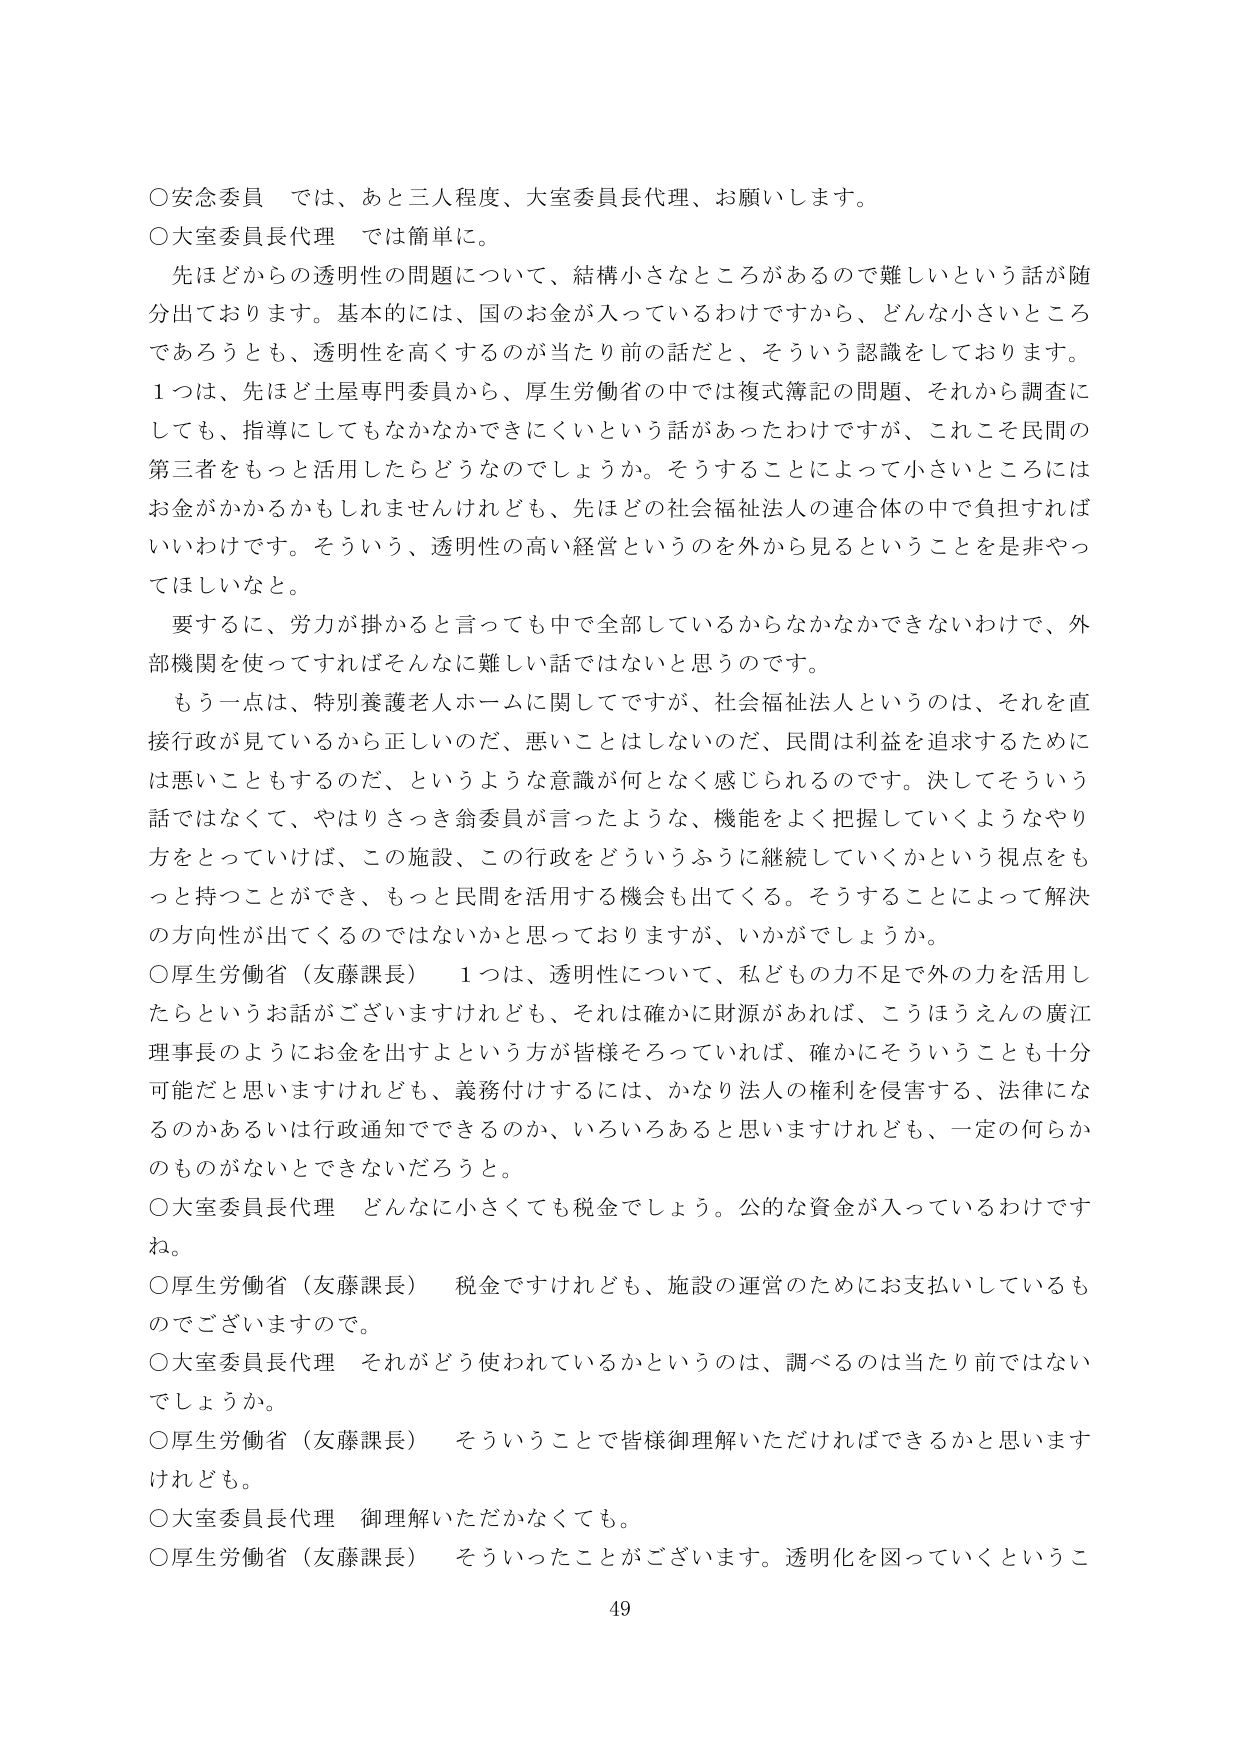
○安念委員　では、あと三人程度、大室委員長代理、お願いします。
○大室委員長代理　では簡単に。
　先ほどからの透明性の問題について、結構小さなところがあるので難しいという話が随分出ております。基本的には、国のお金が入っているわけですから、どんな小さいところであろうとも、透明性を高くするのが当たり前のことだと、そういう認識をしております。
　１つは、先ほど土屋専門委員から、厚生労働省の中では複式簿記の問題、それから調査にしても、指導にしてもなかなかできにくいという話があったわけですが、これこそ民間の第三者をもっと活用したらどうなのでしょうか。そうすることによって小さいところにはお金がかかるかもしれませんが、先ほどの社会福祉法人の連合体の中で負担すればいいわけです。そういう、透明性の高い経営というのを外から見るということを是非やってほしいなと。
　要するに、労力が掛かると言っても中で全部しているからなかなかできないわけで、外部機関を使ってすればそんなに難しい話ではないと思うのです。
　もう一点は、特別養護老人ホームに関してですが、社会福祉法人というのは、それを直接行政が見ているから正しいのだ、悪いことはしないのだ、民間は利益を追求するためには悪いこともするのだ、というような意識が何となく感じられるのです。決してそういう話ではなくて、やはりさつき翁委員が言ったような、機能をよく把握していくようなやり方をとっていけば、この施設、この行政をどういうふうに継続していくかという視点をもつことができ、もっと民間を活用する機会も出てくる。そうすることによって解決の方向性が出てくるのではないかと思っておりますが、いかがでしょうか。
○厚生労働省（友藤課長）　１つは、透明性について、私どもの力不足で外の力を活用したらというお話がございますけれども、それは確かに財源があれば、こうほうえんの廣江理事長のようにお金を出すよという方が皆様そろっていれば、確かにそういうことも十分可能だと思いますけれども、義務付けするには、かなり法人の権利を侵害する、法律になるのかあるいは行政通知でできるのか、いろいろあると思いますけれども、一定の何らかのものがなないとできないだろうと。
○大室委員長代理　どんなに小さくても税金でしょう。公的な資金が入っているわけです。
○厚生労働省（友藤課長）　税金ですけれども、施設の運営のためにお支払いしているものでございますので。
○大室委員長代理　それがどう使われているかというのは、調べるのは当たり前ではないでしょうか。
○厚生労働省（友藤課長）　そういうことで皆様御理解いただければできるかと思いますけれども。
○大室委員長代理　御理解いただかなくても。
○厚生労働省（友藤課長）　そういったことがございます。透明化を図っていくというこ
49